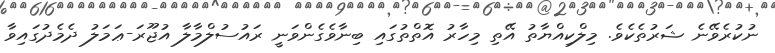
ނުކުރެވޭނެ ޝަރުތެކެވެ. މިލްކިއްޔާތު އޭތި މިހާރު އޮތްތުގައި ބިނާވެގެންވަނީ ރައުސުލްމާލާ އުޖޫރަ-ޢަމަލު ދެމެދުގައިވާ